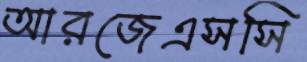
আরজেএসসি